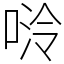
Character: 𫪬